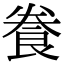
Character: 飬